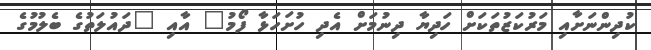
ކުދިންނަށާއި މަރުކަޒުތަކަށް ހަދިޔާ ދިނުމަށް އެދި ހުށަހަޅާ ފޯމު" އާއި "ދައުލަތުގެ ބެލުމުގެ